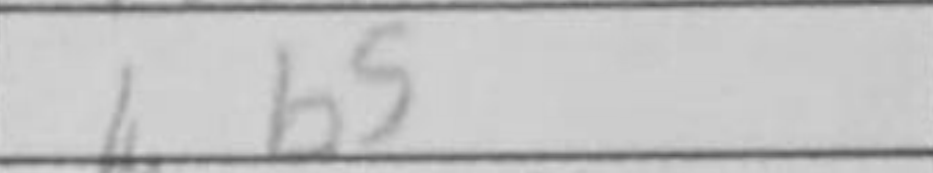
Transcription: b5